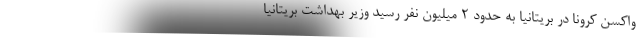
واکسن کرونا در بریتانیا به حدود ۲ میلیون نفر رسید وزیر بهداشت بریتانیا